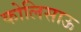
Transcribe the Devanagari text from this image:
कोलिसाऊ